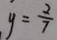
y = \frac { 2 } { 7 }